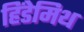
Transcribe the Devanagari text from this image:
हिंडेमिथ